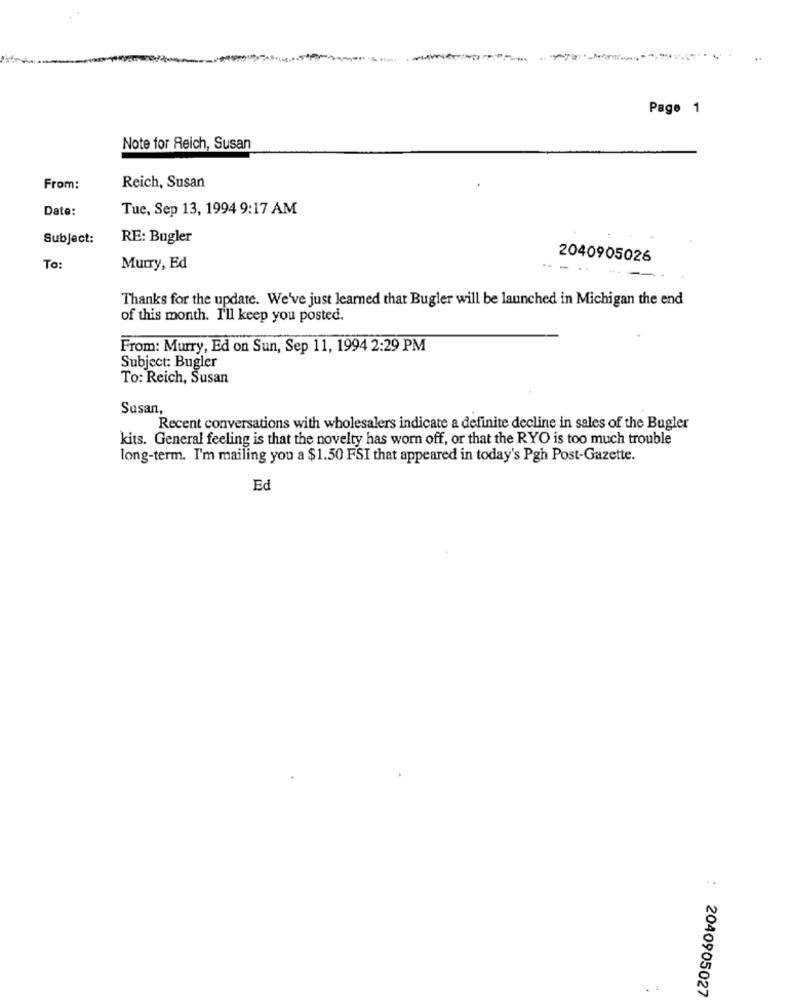
--
..
Page 1
Note for Reich, Susan
From:
Reich, Susan
Date:
Tue, Sep 13, 1994 9:17 AM
Subject:
RE: Bugler
2040905026
To:
Murry, Ed
Thanks for the update. We've just learned that Bugler will be launched in Michigan the end
of this month. I'll keep you posted.
From: Murry, Ed on Sun, Sep 11, 1994 2:29 PM
Subject: Bugler
To: Reich, Susan
Susan,
Recent conversations with wholesalers indicate a definite decline in sales of the Bugler
kits. General feeling is that the novelty has worn off, or that the RYO is too much trouble
long-term. I'm mailing you a $1.50 FSI that appeared in today's Pgh Post-Gazette.
Ed
..
.
2040905027